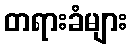
တရားခံများ